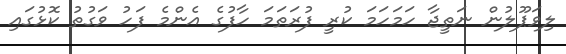
ލިވަޕޫލުން ނަތީޖާ ހަމަހަމަ ކުރީ ފުރަތަމަ ހާފުގެ އެންމެ ފަހު ވަގުތު ކޮޅުގައި